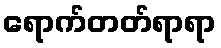
ရောက်တတ်ရာရာ